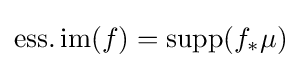
\operatorname {ess.im} (f)=\operatorname {supp} (f_{*}\mu )